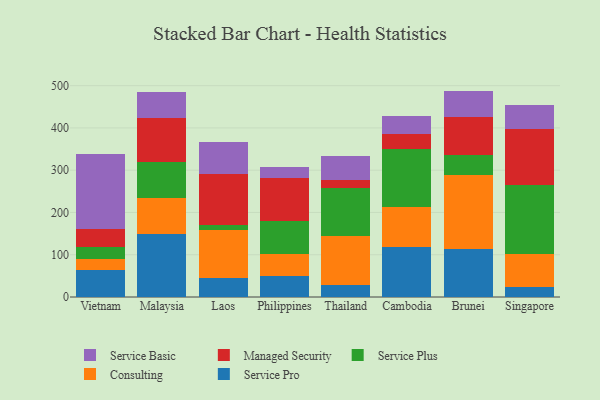
{"axis": {"x": "Country", "y": "Waste Production (Tons)"}, "legend": ["Consulting", "Managed Security", "Service Basic", "Service Plus", "Service Pro"], "data": [{"x": "Vietnam", "y": 64.2, "type": "Service Pro"}, {"x": "Vietnam", "y": 25.6, "type": "Consulting"}, {"x": "Vietnam", "y": 27.7, "type": "Service Plus"}, {"x": "Vietnam", "y": 42.9, "type": "Managed Security"}, {"x": "Vietnam", "y": 178.8, "type": "Service Basic"}, {"x": "Malaysia", "y": 148.8, "type": "Service Pro"}, {"x": "Malaysia", "y": 86.5, "type": "Consulting"}, {"x": "Malaysia", "y": 84.1, "type": "Service Plus"}, {"x": "Malaysia", "y": 104.3, "type": "Managed Security"}, {"x": "Malaysia", "y": 61.4, "type": "Service Basic"}, {"x": "Laos", "y": 44.5, "type": "Service Pro"}, {"x": "Laos", "y": 114.7, "type": "Consulting"}, {"x": "Laos", "y": 10.4, "type": "Service Plus"}, {"x": "Laos", "y": 121.2, "type": "Managed Security"}, {"x": "Laos", "y": 75.1, "type": "Service Basic"}, {"x": "Philippines", "y": 50.5, "type": "Service Pro"}, {"x": "Philippines", "y": 52.3, "type": "Consulting"}, {"x": "Philippines", "y": 76.6, "type": "Service Plus"}, {"x": "Philippines", "y": 102.5, "type": "Managed Security"}, {"x": "Philippines", "y": 24.8, "type": "Service Basic"}, {"x": "Thailand", "y": 28.2, "type": "Service Pro"}, {"x": "Thailand", "y": 117.2, "type": "Consulting"}, {"x": "Thailand", "y": 111.8, "type": "Service Plus"}, {"x": "Thailand", "y": 19.5, "type": "Managed Security"}, {"x": "Thailand", "y": 57.4, "type": "Service Basic"}, {"x": "Cambodia", "y": 117.4, "type": "Service Pro"}, {"x": "Cambodia", "y": 96.4, "type": "Consulting"}, {"x": "Cambodia", "y": 135.8, "type": "Service Plus"}, {"x": "Cambodia", "y": 35.7, "type": "Managed Security"}, {"x": "Cambodia", "y": 43.5, "type": "Service Basic"}, {"x": "Brunei", "y": 114.6, "type": "Service Pro"}, {"x": "Brunei", "y": 174.7, "type": "Consulting"}, {"x": "Brunei", "y": 46.1, "type": "Service Plus"}, {"x": "Brunei", "y": 91.1, "type": "Managed Security"}, {"x": "Brunei", "y": 61.2, "type": "Service Basic"}, {"x": "Singapore", "y": 24.5, "type": "Service Pro"}, {"x": "Singapore", "y": 77.3, "type": "Consulting"}, {"x": "Singapore", "y": 162.1, "type": "Service Plus"}, {"x": "Singapore", "y": 133.9, "type": "Managed Security"}, {"x": "Singapore", "y": 57.1, "type": "Service Basic"}]}